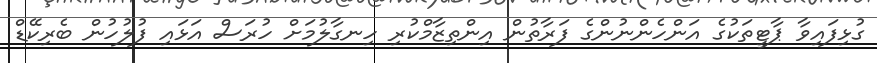
ގުޅިފައިވާ ޕާޓީތަކުގެ އަންހެންނުންގެ ފަރާތުން އިންތިޒާމްކުރި ހިނގާލުމަށް ހުރަސް އަޅައި ފުލުހުން ބެރިކޭޑް